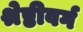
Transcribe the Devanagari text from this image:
श्रेष्ठीवर्ग